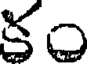
కం